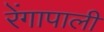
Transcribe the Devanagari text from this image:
रेंगापाली